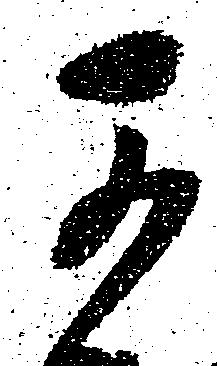
可